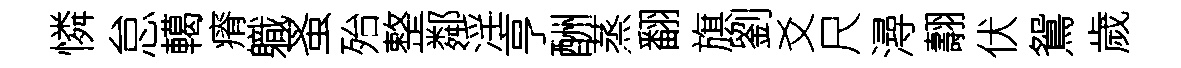
憐怠轕瘠軄蚤殆整鄰淫亨酬蒸翻旗劉爻尺潯翿伏鴛歲